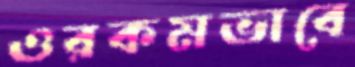
ওরকমভাবে